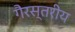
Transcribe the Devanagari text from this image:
गैरस्‍तरीय